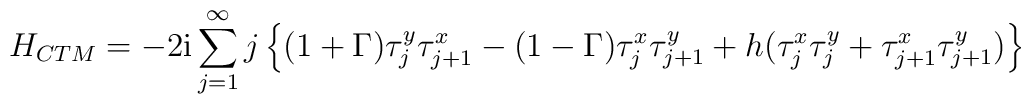
H_{CTM} = - 2 {\rm i} \sum_{j=1}^{\infty} j \left\{ (1+\Gamma)\tau_{j}^{y} \tau_{j+1}^{x} - (1-\Gamma) \tau_{j}^{x}\tau_{j+1}^{y} + h (\tau_{j}^{x} \tau_{j}^{y} + \tau_{j+1}^{x}\tau_{j+1}^{y}) \right\} \nonumber